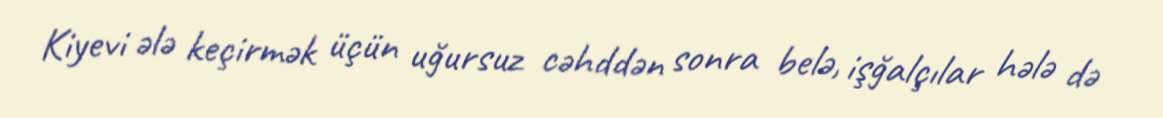
Kiyevi ələ keçirmək üçün uğursuz cəhddən sonra belə, işğalçılar hələ də